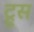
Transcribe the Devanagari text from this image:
ट्रूस